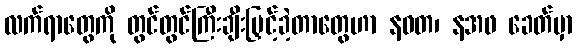
လက်ရာတွေကို တွင်တွင်ကြီးချီးမြှင့်ခဲ့တာတွေဟာ နဝတ၊ နအဖ ခေတ်မှာ